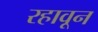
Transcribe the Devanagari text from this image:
रहावून